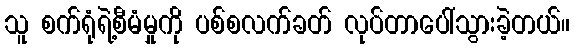
သူ စက်ရုံရဲ့စီမံမှုကို ပစ်စလက်ခတ် လုပ်တာပေါ်သွားခဲ့တယ်။